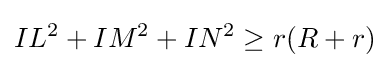
IL^{2}+IM^{2}+IN^{2}\geq r(R+r)